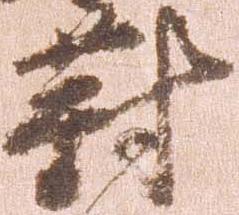
対